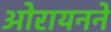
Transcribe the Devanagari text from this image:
ओरायनने